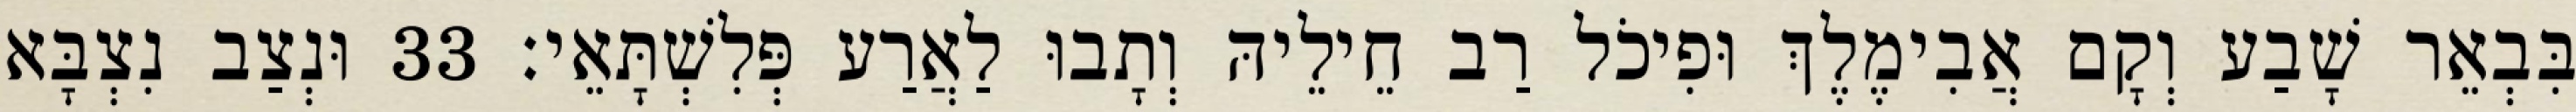
בִּבְאֵר שָׁבַע וְקָם אֲבִימֶלֶךְ וּפִיכֹל רַב חֵילֵיהּ וְתָבוּ לַאֲרַע פְּלִשְׁתָּאֵי׃ 33 וּנְצַב נִצְבָּא